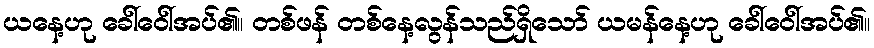
ယနေ့ဟု ခေါ်ဝေါ်အပ်၏။ တစ်ဖန် တစ်နေ့လွန်သည်ရှိသော် ယမန်နေ့ဟု ခေါ်ဝေါ်အပ်၏။